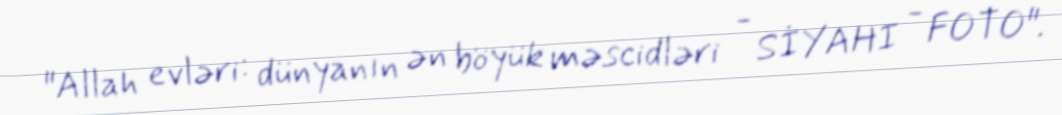
"Allah evləri: dünyanın ən böyük məscidləri - SİYAHI - FOTO".